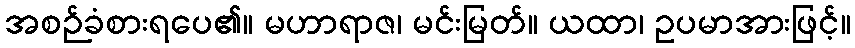
အစဉ်ခံစားရပေ၏။ မဟာရာဇ၊ မင်းမြတ်။ ယထာ၊ ဥပမာအားဖြင့်။